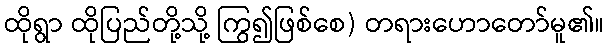
ထိုရွာ ထိုပြည်တို့သို့ ကြွ၍ဖြစ်စေ) တရားဟောတော်မူ၏။